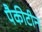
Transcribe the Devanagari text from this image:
पैकीटीन